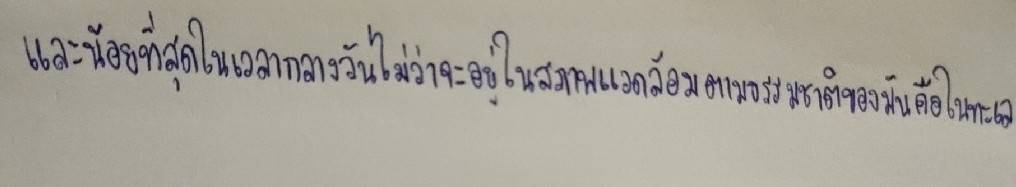
และน้อยที่สุดในเวลากลางวันไม่ว่าจะอยู่ในสภาพแวดล้อมตามธรรมชาติของมันเองคือในทะเล